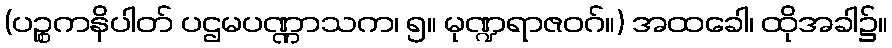
(ပဉ္စကနိပါတ် ပဌမပဏ္ဏာသက၊ ၅။ မုဏ္ဍရာဇဝဂ်။) အထခေါ၊ ထိုအခါ၌။